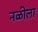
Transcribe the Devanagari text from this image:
नळीला